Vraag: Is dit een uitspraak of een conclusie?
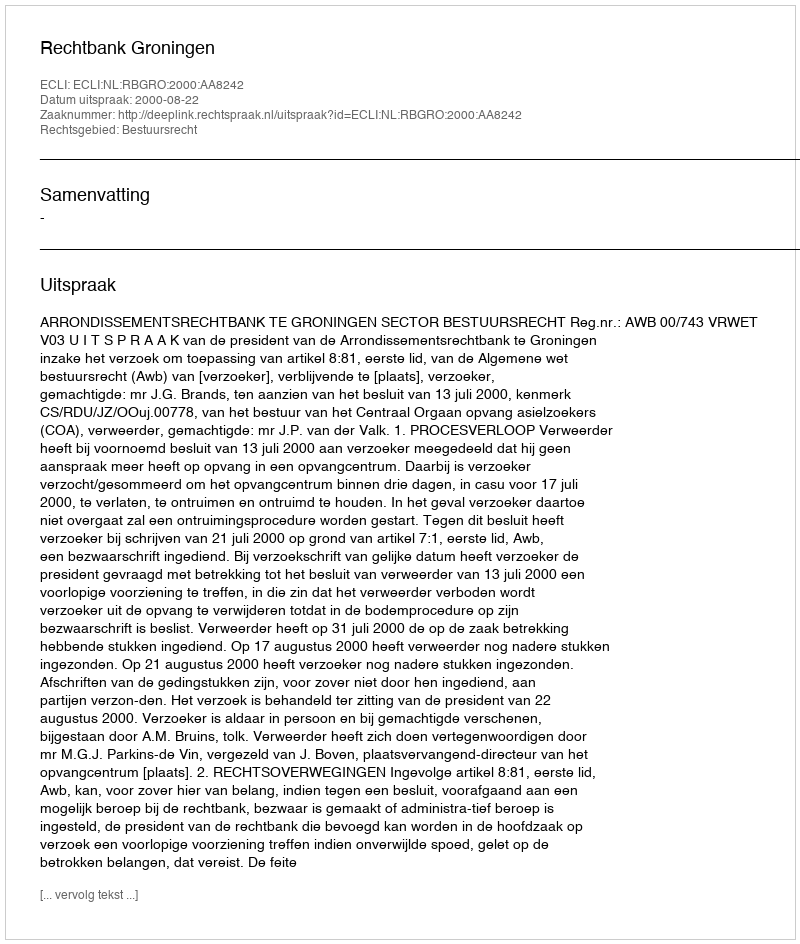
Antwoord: Uitspraak